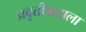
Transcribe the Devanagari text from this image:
प्रवृत्तीवादाला